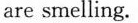
are smelling.